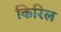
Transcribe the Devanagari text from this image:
किरिल